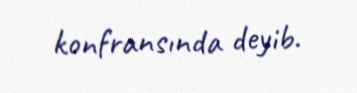
konfransında deyib.